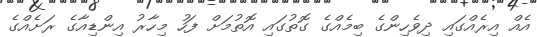
އެއް އިރެއްގައި ދިވެހިންގެ ބިމެއްގެ ގޮތުގައި އޮތުމަށް ފަހު މިހާރު އިންޑިއާގެ ރަށެއްގެ